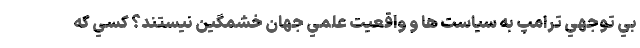
بي توجهي ترامپ به سياست ها و واقعيت علمي جهان خشمگين نيستند؟ كسي كه